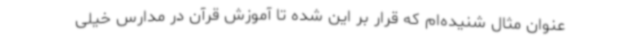
عنوان مثال شنیده‌ام که قرار بر این شده تا آموزش قرآن در مدارس خیلی